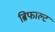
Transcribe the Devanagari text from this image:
ब्रिफाल्ट